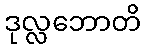
ဒုလ္လဘောတိ